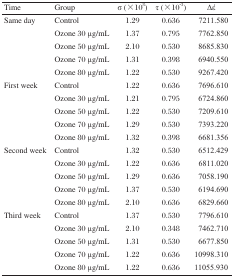
<table><thead><tr><td><b>Time</b></td><td><b>Group</b></td><td><b>σ (×10<sup>8</sup>)</b></td><td><b>τ (×10<sup>−3</sup>)</b></td><td><b>Δέ</b></td></tr></thead><tbody><tr><td rowspan="5">Same day</td><td>Control</td><td>1.29</td><td>0.636</td><td>7211.580</td></tr><tr><td>Ozone 30 μg/mL</td><td>1.37</td><td>0.795</td><td>7762.850</td></tr><tr><td>Ozone 50 μg/mL</td><td>2.10</td><td>0.530</td><td>8685.830</td></tr><tr><td>Ozone 70 μg/mL</td><td>1.31</td><td>0.398</td><td>6940.550</td></tr><tr><td>Ozone 80 μg/mL</td><td>1.22</td><td>0.530</td><td>9267.420</td></tr><tr><td rowspan="5">First week</td><td>Control</td><td>1.22</td><td>0.636</td><td>7696.610</td></tr><tr><td>Ozone 30 μg/mL</td><td>1.21</td><td>0.795</td><td>6724.860</td></tr><tr><td>Ozone 50 μg/mL</td><td>1.22</td><td>0.530</td><td>7209.610</td></tr><tr><td>Ozone 70 μg/mL</td><td>1.29</td><td>0.530</td><td>7393.220</td></tr><tr><td>Ozone 80 μg/mL</td><td>1.32</td><td>0.398</td><td>6681.356</td></tr><tr><td rowspan="5">Second week</td><td>Control</td><td>1.32</td><td>0.530</td><td>6512.429</td></tr><tr><td>Ozone 30 μg/mL</td><td>1.22</td><td>0.636</td><td>6811.020</td></tr><tr><td>Ozone 50 μg/mL</td><td>1.29</td><td>0.636</td><td>7058.190</td></tr><tr><td>Ozone 70 μg/mL</td><td>1.37</td><td>0.530</td><td>6194.690</td></tr><tr><td>Ozone 80 μg/mL</td><td>2.10</td><td>0.636</td><td>6829.660</td></tr><tr><td rowspan="5">Third week</td><td>Control</td><td>1.37</td><td>0.530</td><td>7796.610</td></tr><tr><td>Ozone 30 μg/mL</td><td>2.10</td><td>0.348</td><td>7462.710</td></tr><tr><td>Ozone 50 μg/mL</td><td>1.31</td><td>0.530</td><td>6677.850</td></tr><tr><td>Ozone 70 μg/mL</td><td>1.22</td><td>0.636</td><td>10998.310</td></tr><tr><td>Ozone 80 μg/mL</td><td>1.22</td><td>0.636</td><td>11055.930</td></tr></tbody></table>